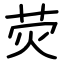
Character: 荧